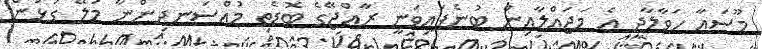
މޫސައާ ހަވާލާދީ އެ މަޖައްލާއިން ބުނެފައިވަނީ ރާއްޖޭގެ ބޮޑެތި މުއްސަނދިންނާ މުލޭ ގުޅުން